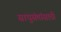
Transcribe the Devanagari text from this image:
साधुसंतांसाठी